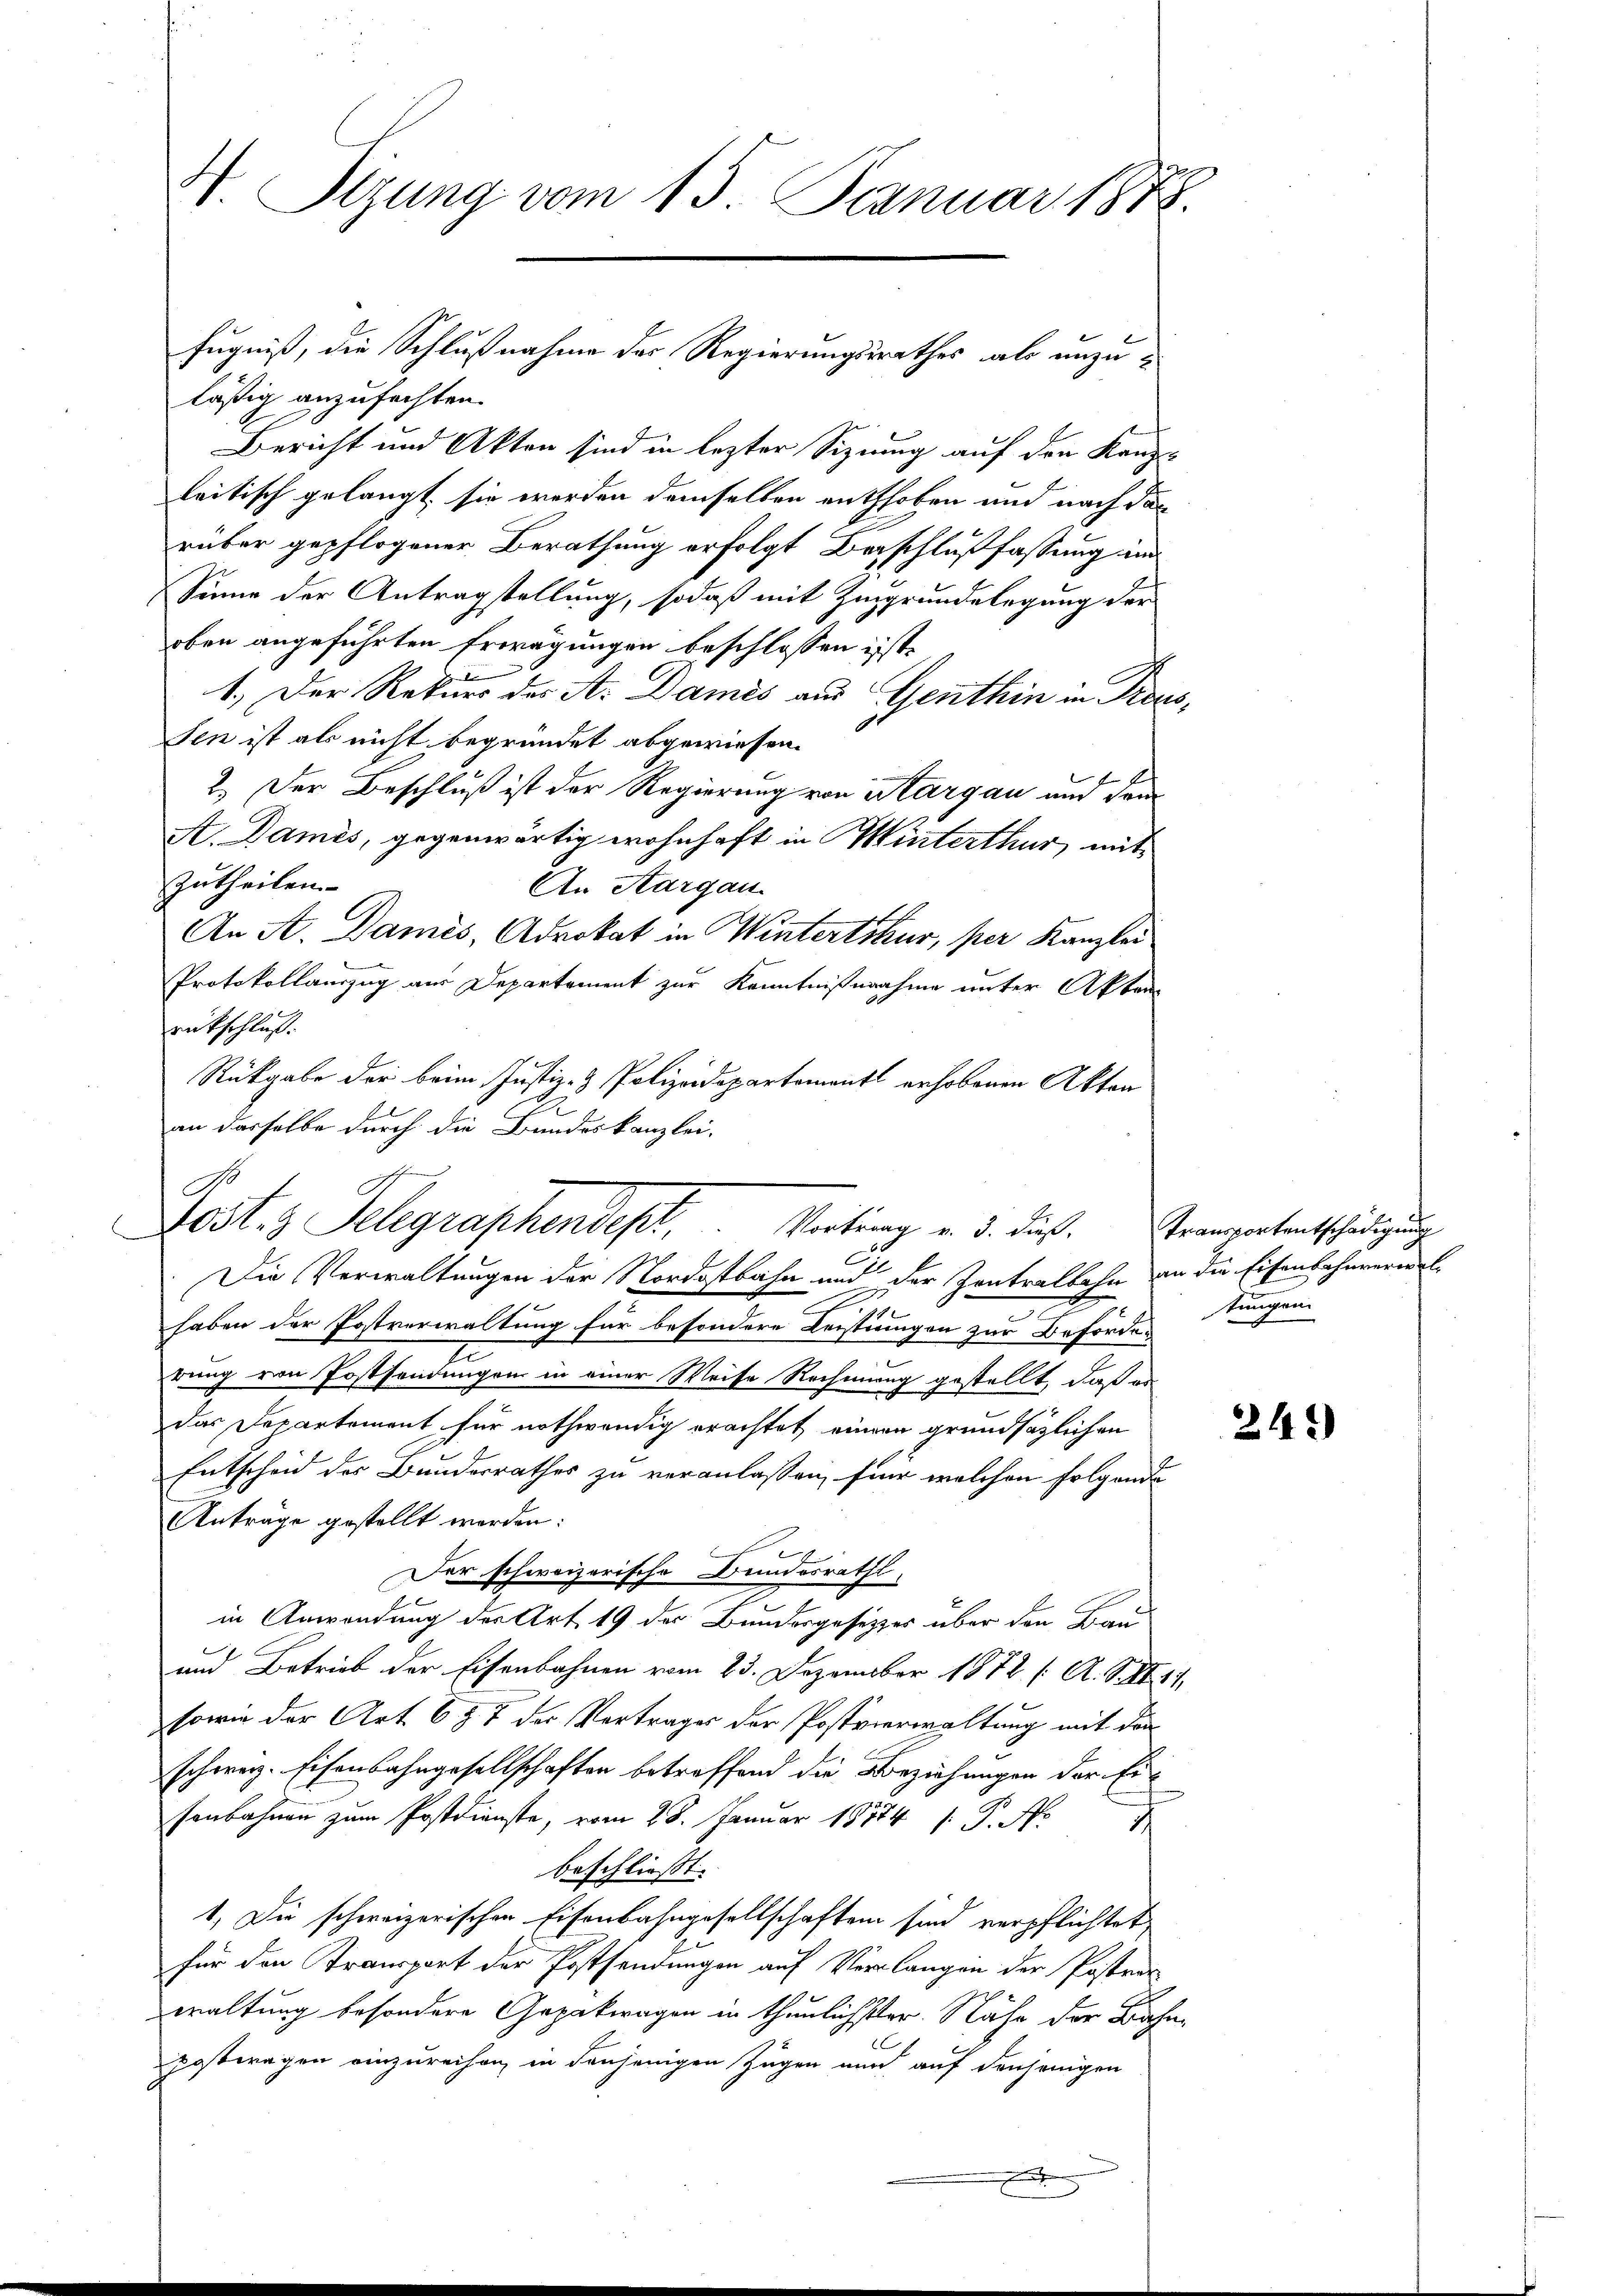
H. Sizung vom 15. Januar 1858.

läßig anzufachten.
Bericht und Akten sind in lezter Sizung auf den Kanzleitisch gelangt sie werden demselben enthoben und nach den
rüber gepflogener Berathung erfolgt Beschlußfassung and
Sinne der Antragstellung, sodaß mit Zingrundelegung der
oben angeführten Erwägungen beschlossen ist.
1.) Der Rekurs der A. Damis aus Genthin in Preus
sen ist als nicht begründet abgewiesen.
.
2.) Der Beschluß ist der Regierung von Aargau und dem
A. Dames, gegenwärtig wohnhaft in Winterthur, mit
zutheilen.
An Aargau.
An A. Damis, Advokat in Wintertskur, per Kanzlei
Protokollauszug aus Departement zur Kenntnißnahme unter Akten
rükschluß.
Rükgabe der beim Justiz- & Polizeidepartement erhobenen Akten
Be
an dasselbe durch die Bundeskanzlei-

fugniß, die Schlußnahme der Regierungsrathes als unzu¬

7
G
0st 3 Telegraphendept, Vortrag u. d. dieß. Franzertentschädigung

Die Verwaltungen der Nordostbahn und der Zentralbahn an die Eisenbahnvernel
e
.
haben der Postverwaltung für besondere Leistungen zur Beförder
rung von Postsendungen in einer Weise Rechnung gestellt, daß es
das Departement für nothwendig erachtet einem grundsätzlichen
Entscheid der Bundesrathes zu veranlassen, für welchen folgende
Anträge gestellt werden:
Der schweizerische Bundesrath,
in Anwendung der Art. 19 der Bundesgesetzes über den Bau
und Betrieb der Eisenbahnen vom 23. Dezember 1872 (A. S. II 11.
sowie der Art 6 § 7 der Vortrages der Postverwaltung mit den
schweiz. Eisenbahngesellschaften betreffend die Beziehungen der Eisenbahnen zum Postdienste, vom 28. Januar 1874 /: P. Nr. 7
beschließt.
1. Die schweizerischen Eisenbahngesellschaften sind verpflichtet
für den Transport der Postsendungen auf Verlangen der Postra
waltung besondere Gepakwagen in thunlichster. Nähe der Bahnpostwagen einzureihen, in denjenigen Zügen nur auf denjenigen
.

tungen.

24.)